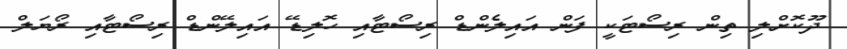
ދޫކޮށްލި ތިން ރިސޯޓަކީ ފަން އައިލެންޑް ރިސޯޓާއި ހޮލިޑޭ އައިލޭންޑް ރިސޯޓާއި ރޯޔަލް